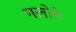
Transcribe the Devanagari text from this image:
गलोगे